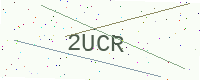
Text: 2UCR